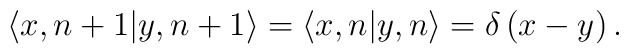
\langle x,n+1|y,n+1\rangle =\langle x,n|y,n\rangle =\delta \left( x-y\right).